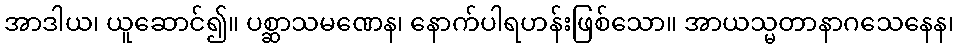
အာဒါယ၊ ယူဆောင်၍။ ပစ္ဆာသမဏေန၊ နောက်ပါရဟန်းဖြစ်သော။ အာယသ္မတာနာဂသေနေန၊